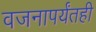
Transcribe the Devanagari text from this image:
वजनापर्यंतही